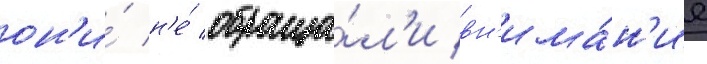
он'и́ н'е́ обраща́л'и вн'има́н'ие